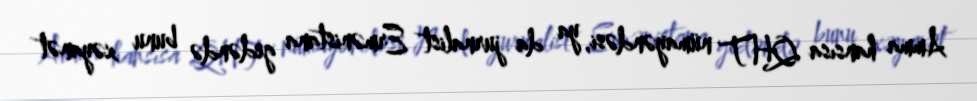
Amma hansısa QHT nümayəndəsi, ya da jurnalist Ermənistana gedəndə bunu xəyanət